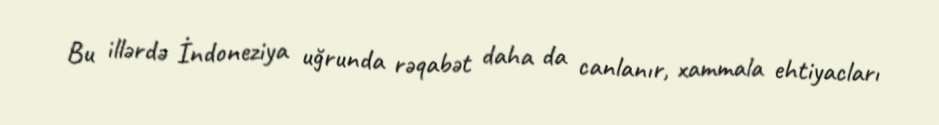
Bu illərdə İndoneziya uğrunda rəqabət daha da canlanır, xammala ehtiyacları